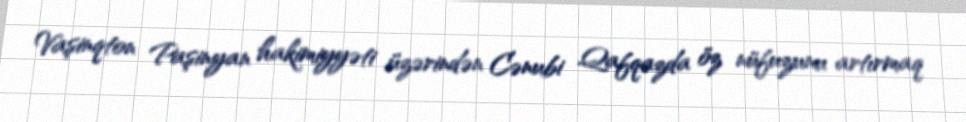
Vaşinqton Paşinyan hakimiyyəti üzərindən Cənubi Qafqazda öz nüfuzunu artırmaq